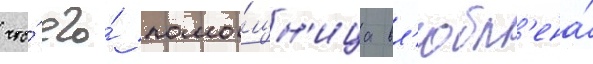
что́ его́ помо́щн'ица вл'юбл'ена́